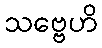
သဗ္ဗေဟိ